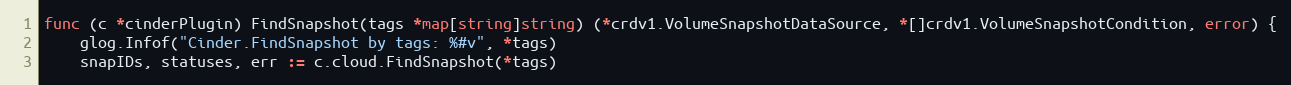
Language: Go
func (c *cinderPlugin) FindSnapshot(tags *map[string]string) (*crdv1.VolumeSnapshotDataSource, *[]crdv1.VolumeSnapshotCondition, error) {
	glog.Infof("Cinder.FindSnapshot by tags: %#v", *tags)
	snapIDs, statuses, err := c.cloud.FindSnapshot(*tags)